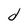
Character: d